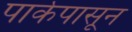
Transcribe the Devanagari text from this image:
पार्कपासून